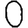
Digit: 0